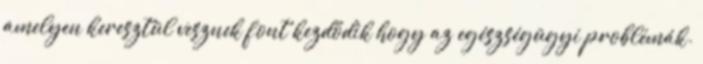
amelyen keresztül vesznek font kezdődik hogy az egészségügyi problémák.